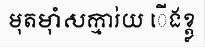
មុតម៉ាំសក្មារ់យ ើងខ្ត្ល